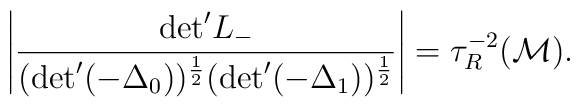
\left | \frac{{\rm det}^{\prime} L_{-}}{({\rm det}^{\prime}    (- {\Delta}_{0}))^{\frac{1}{2}} ({\rm det}^{\prime}    (- {\Delta}_{1}))^{\frac{1}{2}}}     \right | = {\tau}_{R}^{-2} ({\cal M}).